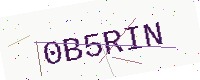
Text: 0B5RIN